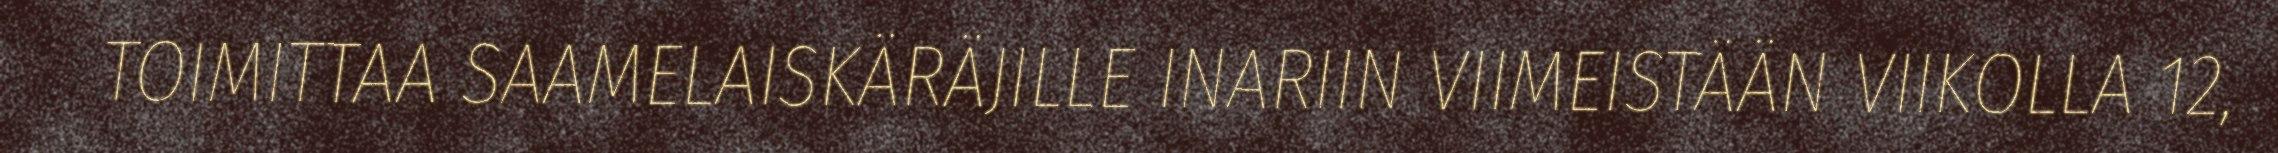
TOIMITTAA SAAMELAISKÄRÄJILLE INARIIN VIIMEISTÄÄN VIIKOLLA 12,